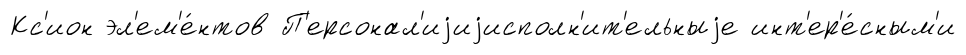
Кс'ион эл'ем'е́нтов П'ерсонал'иjиjисполн'ит'ельныjе инт'ер'е́сным'и